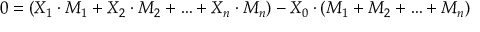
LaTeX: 0 = ( X _ { 1 } \cdot M _ { 1 } + X _ { 2 } \cdot M _ { 2 } + \ldots + X _ { n } \cdot M _ { n } ) - X _ { 0 } \cdot ( M _ { 1 } + M _ { 2 } + \ldots + M _ { n } )